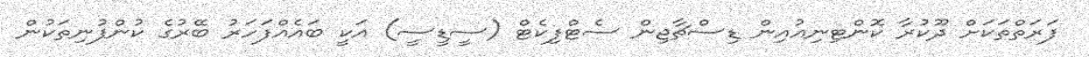
ފަރަތްތަކަށް ދޫކުރާ ކޮންޓިނިއުއިން ޑިސްޗާޖިން ސެޓްފިކެޓް (ސީޑީސީ) އަކީ ބައެއްފަހަރު ބޭރުގެ ކުންފުނިތަކުން